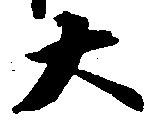
大